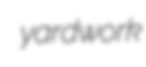
yardwork